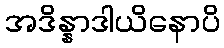
အဒိန္နာဒါယိနောပိ